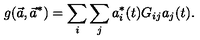
g ( \vec { a } , \vec { a } ^ { * } ) = \sum _ { i } \sum _ { j } a _ { i } ^ { * } ( t ) G _ { i j } a _ { j } ( t ) .